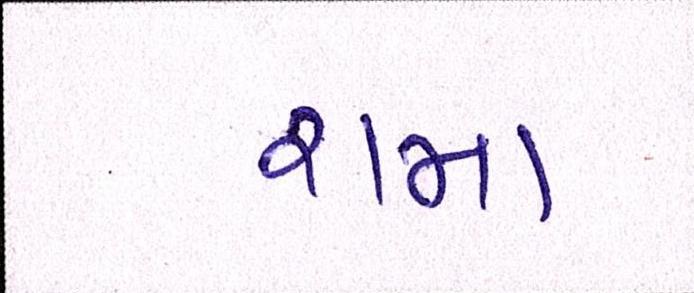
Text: રામા